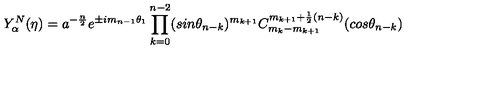
Y _ { \alpha } ^ { N } ( \eta ) = a ^ { - \frac { n } { 2 } } e ^ { \pm i m _ { n - 1 } \theta _ { 1 } } \prod _ { k = 0 } ^ { n - 2 } ( s i n { \theta _ { n - k } } ) ^ { m _ { k + 1 } } C _ { m _ { k } - m _ { k + 1 } } ^ { m _ { k + 1 } + \frac { 1 } { 2 } ( n - k ) } ( c o s { \theta _ { n - k } } )